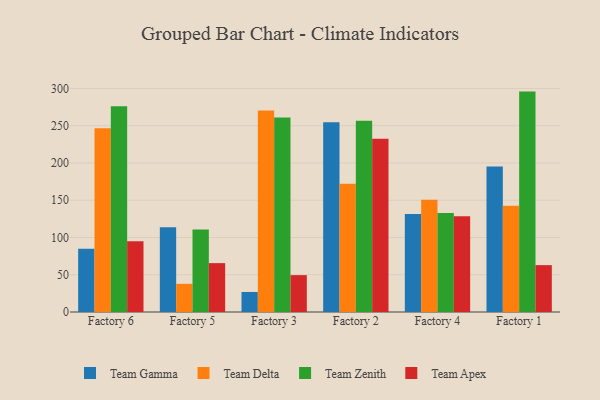
{"axis": {"x": "Factory", "y": "Gross Profit (USD K)"}, "legend": ["Team Apex", "Team Delta", "Team Gamma", "Team Zenith"], "data": [{"x": "Factory 6", "y": 85.0, "type": "Team Gamma"}, {"x": "Factory 6", "y": 246.5, "type": "Team Delta"}, {"x": "Factory 6", "y": 276.0, "type": "Team Zenith"}, {"x": "Factory 6", "y": 94.9, "type": "Team Apex"}, {"x": "Factory 5", "y": 113.9, "type": "Team Gamma"}, {"x": "Factory 5", "y": 37.8, "type": "Team Delta"}, {"x": "Factory 5", "y": 110.6, "type": "Team Zenith"}, {"x": "Factory 5", "y": 65.6, "type": "Team Apex"}, {"x": "Factory 3", "y": 26.9, "type": "Team Gamma"}, {"x": "Factory 3", "y": 270.4, "type": "Team Delta"}, {"x": "Factory 3", "y": 261.1, "type": "Team Zenith"}, {"x": "Factory 3", "y": 49.5, "type": "Team Apex"}, {"x": "Factory 2", "y": 254.5, "type": "Team Gamma"}, {"x": "Factory 2", "y": 172.0, "type": "Team Delta"}, {"x": "Factory 2", "y": 256.8, "type": "Team Zenith"}, {"x": "Factory 2", "y": 232.6, "type": "Team Apex"}, {"x": "Factory 4", "y": 131.6, "type": "Team Gamma"}, {"x": "Factory 4", "y": 150.7, "type": "Team Delta"}, {"x": "Factory 4", "y": 132.8, "type": "Team Zenith"}, {"x": "Factory 4", "y": 128.6, "type": "Team Apex"}, {"x": "Factory 1", "y": 195.4, "type": "Team Gamma"}, {"x": "Factory 1", "y": 142.6, "type": "Team Delta"}, {"x": "Factory 1", "y": 295.8, "type": "Team Zenith"}, {"x": "Factory 1", "y": 62.9, "type": "Team Apex"}]}